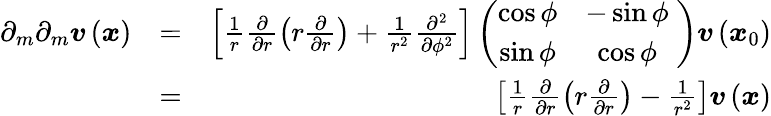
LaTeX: \begin{array}{rlr}{\partial_{m}\partial_{m}\boldsymbol{v}\left(\boldsymbol{x}\right)}&{=}&{\left[\frac{1}{r}\frac{\partial}{\partial r}\left(r\frac{\partial}{\partial r}\right)+\frac{1}{r^{2}}\frac{\partial^{2}}{\partial\phi^{2}}\right]\left(\begin{array}{cc}{\cos\phi}&{-\sin\phi}\\ {\sin\phi}&{\cos\phi}\end{array}\; \right)\boldsymbol{v}\left(\boldsymbol{x}_{0}\right)}\\ &{=}&{\left[\frac{1}{r}\frac{\partial}{\partial r}\left(r\frac{\partial}{\partial r}\right)-\frac{1}{r^{2}}\right]\boldsymbol{v}\left(\boldsymbol{x}\right)}\end{array}